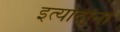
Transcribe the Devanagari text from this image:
इत्‍यादींना